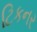
ટિકનર